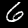
Label: 6